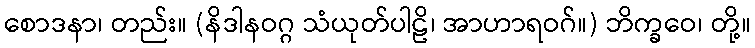
စောဒနာ၊ တည်း။ (နိဒါနဝဂ္ဂ သံယုတ်ပါဠိ၊ အာဟာရဝဂ်။) ဘိက္ခဝေ၊ တို့။